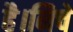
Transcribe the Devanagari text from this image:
है।निचे